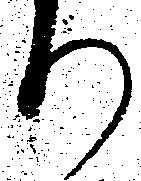
り